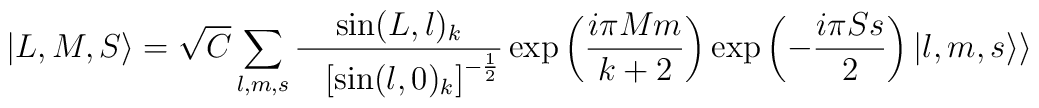
|L,M,S\rangle = \sqrt{C}\sum_{l,m,s} {{\sin(L,l)_k} \over{~~\left[\sin(l,0)_k\right]^{- {1\over2}} }}\exp\left({{i\pi Mm}\over{k+2}}\right) \exp\left(- {i \pi Ss \over 2}\right) |l,m,s\rangle\rangle